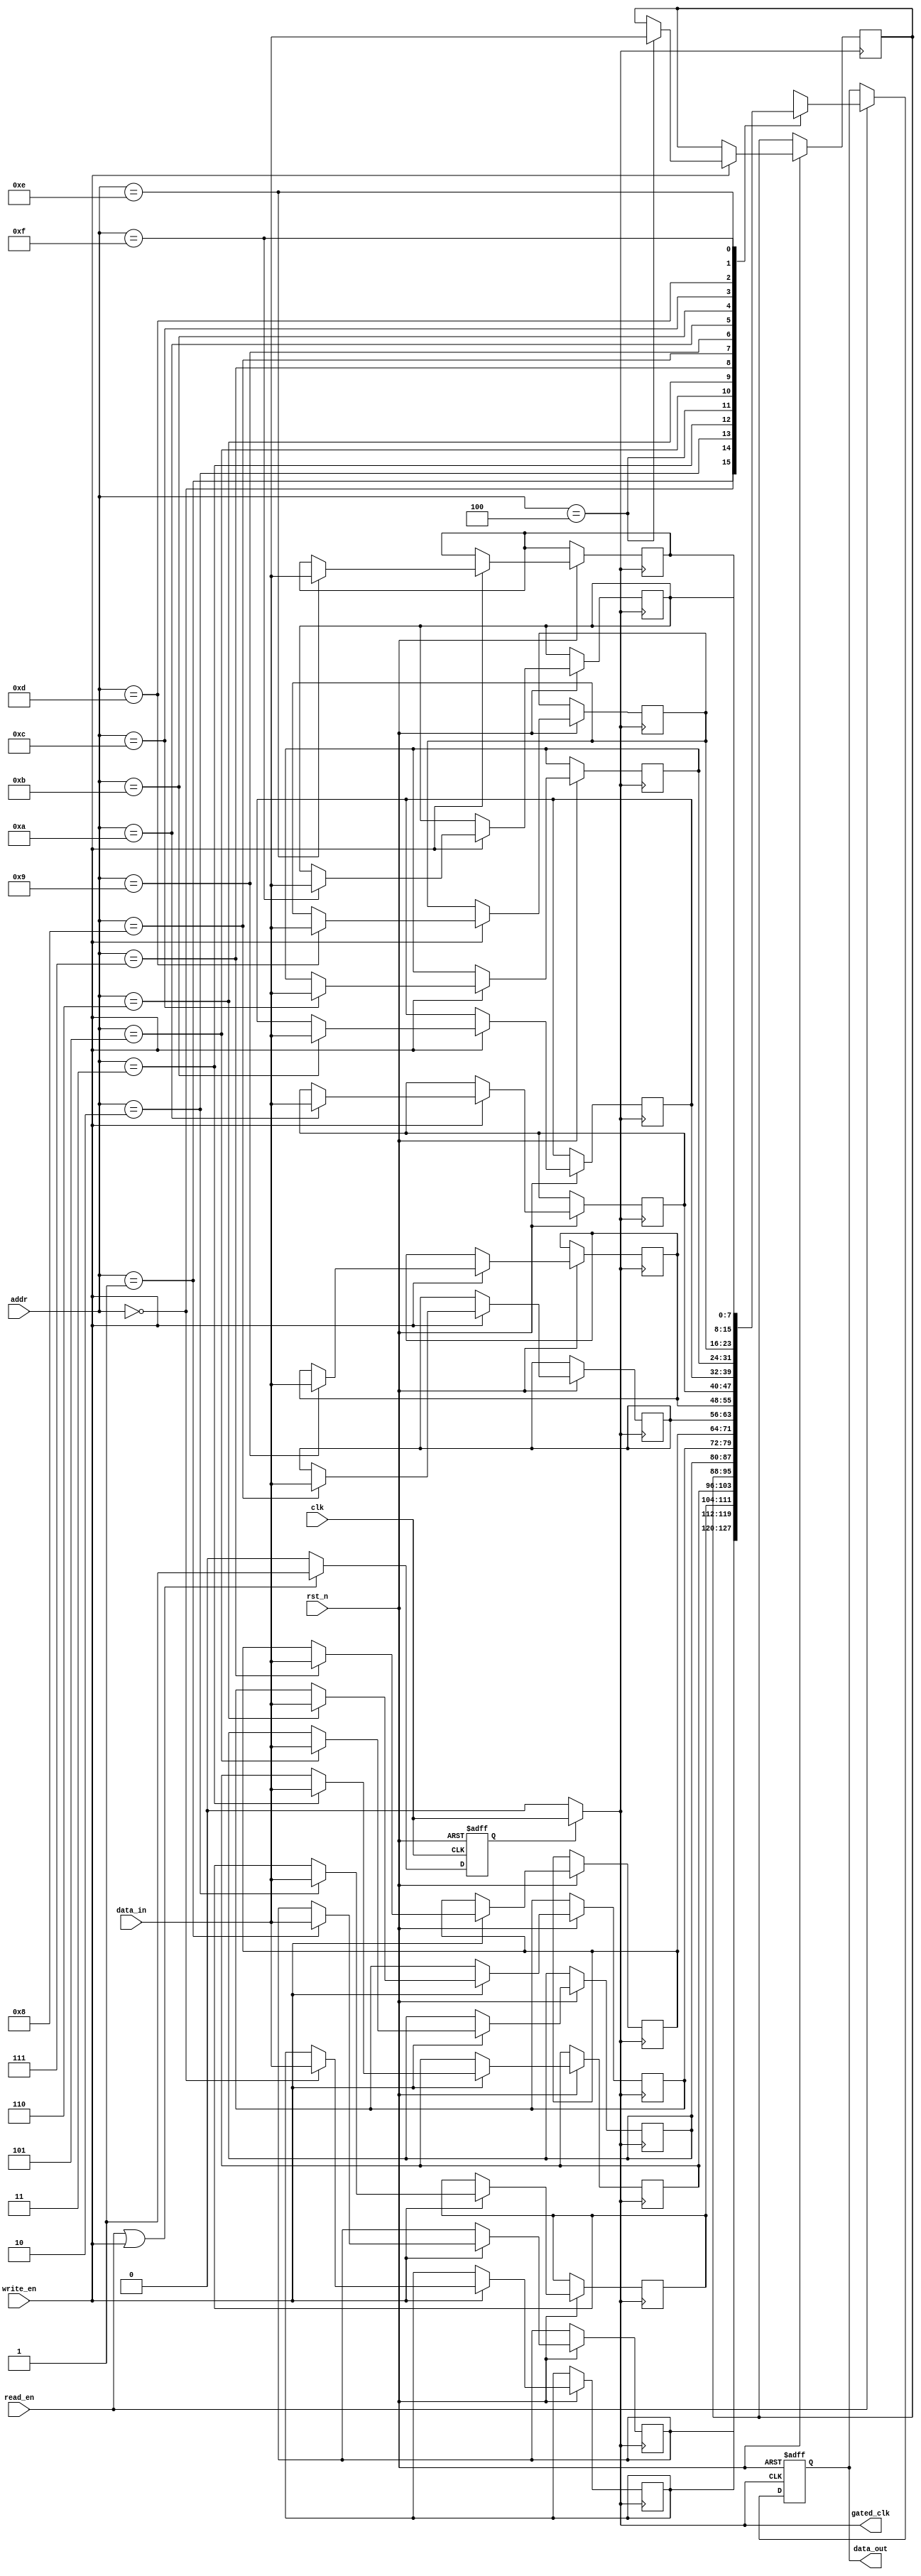
module memory_block #(parameter ADDR_WIDTH = 4, DATA_WIDTH = 8, MEM_SIZE = 16) (
    input wire clk,                          // Main clock
    input wire rst_n,                        // Active low reset
    input wire read_en,                      // Read enable signal
    input wire write_en,                     // Write enable signal
    input wire [ADDR_WIDTH-1:0] addr,       // Address input
    input wire [DATA_WIDTH-1:0] data_in,    // Data input for writes
    output reg [DATA_WIDTH-1:0] data_out,   // Data output for reads
    output reg gated_clk                     // Gated clock output
);

    // Memory array
    reg [DATA_WIDTH-1:0] mem [0:MEM_SIZE-1];
    
    // Activity detection logic
    reg active; // Indicates if the memory block is active

    always @(posedge clk or negedge rst_n) begin
        if (!rst_n) begin
            active <= 1'b0;
        end else begin
            // Activity detection logic
            if (read_en || write_en) begin
                active <= 1'b1; // Mark memory as active
            end else begin
                active <= 1'b0; // Mark memory as idle
            end
        end
    end

    // Clock gating control logic
    always @(*) begin
        if (active) begin
            gated_clk = clk; // Pass through clock when active
        end else begin
            gated_clk = 1'b0; // Disable clock when idle
        end
    end

    // Memory read and write operations controlled by gated clock
    always @(posedge gated_clk or negedge rst_n) begin
        if (!rst_n) begin
            data_out <= {DATA_WIDTH{1'b0}}; // Clear output on reset
        end else begin
            if (write_en) begin
                mem[addr] <= data_in; // Write data to memory
            end
            if (read_en) begin
                data_out <= mem[addr]; // Read data from memory
            end
        end
    end
endmodule